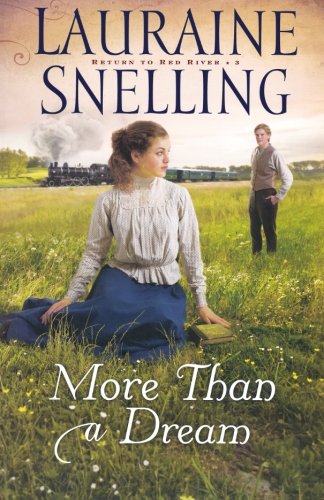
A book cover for More Than a Dream (Return to Red River); Lauraine Snelling; Religion & Spirituality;